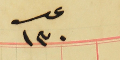
عدد ١٣٠